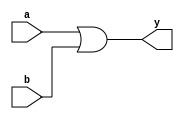
module or1(input wire a,b,output wire y);
assign y = a|b;

endmodule